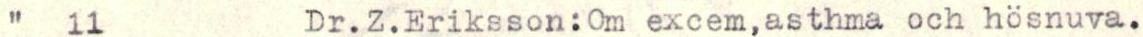
"   11         Dr.Z.Eriksson:Om excem,asthma och hösnuva.